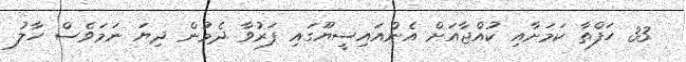
33 ހަފްތާ ކަމަށާއި ކުއްޖާއަށް އެންއައިސީޔޫގައި ފަރުވާ ދެމުން ދިޔަ ނަމަވެސް ހާލު